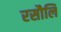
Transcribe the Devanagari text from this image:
रसौलि